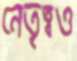
নেতৃত্বও